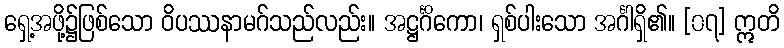
ရှေ့အဖို့၌ဖြစ်သော ဝိပဿနာမဂ်သည်လည်း။ အဋ္ဌင်္ဂိကော၊ ရှစ်ပါးသော အင်္ဂါရှိ၏။ [၀၇] ဣတိ